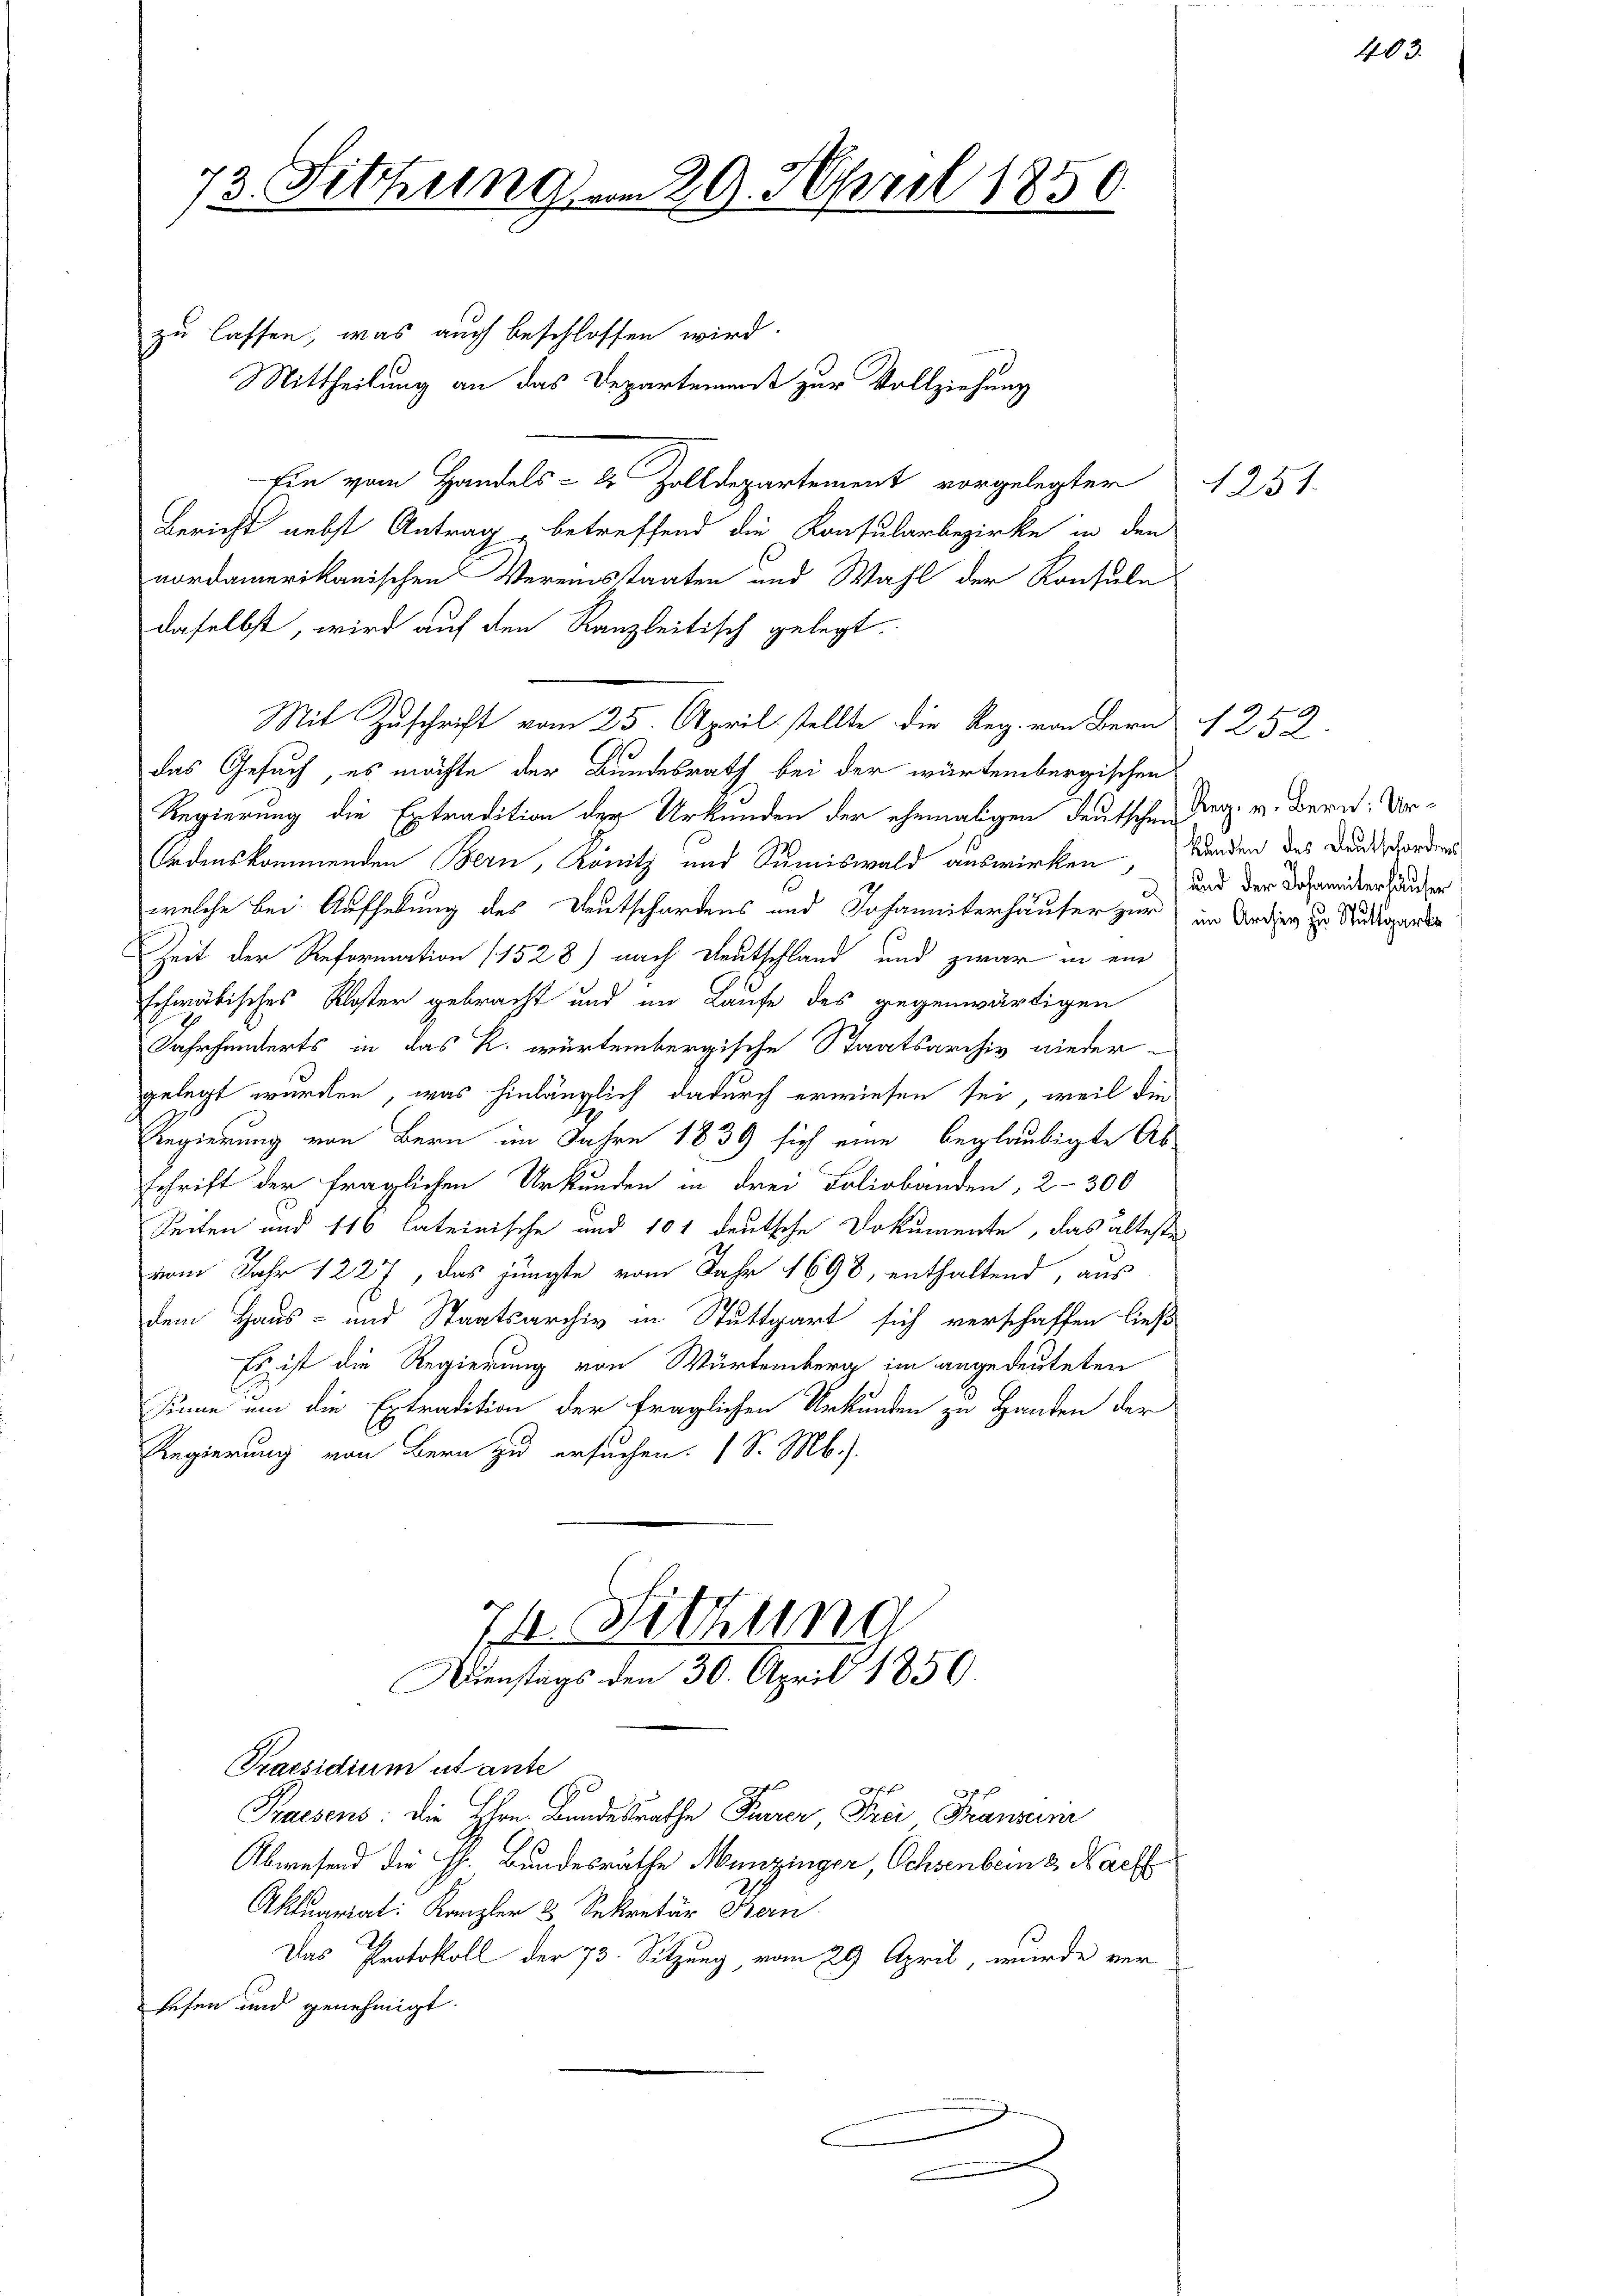
73. Sitzung vom 29. April 1850.

zu lassen, was auch beschlossen wird.
Mittheilung an das Departement zur Vollziehung
Ein vom Handels- & Zolldepartement vorgelegter
Bericht nebst Antrag betreffend die Konsularbezirke in den
nordamerikanischen Vereinstaaten und Wahl der Konsule
daselbst, wird auf den Kanzleitisch gelegt.
Mit Zuschrift vom 25. April stellte die Reg. von Bern 1252
das Gesuch, es möchte der Bundesrath bei der würtembergischen
Regierung die Extradition der Urkunden der ehemaligen deutschen Dr. v. Bern: Ur¬
Ordenskommenden Bern, Konitz und Summiswald auswirken, Bunden des Deutschorden
welche bei. Aufhebung des Deutschardens und Johanniterhäuser zur
Zeit der Reformation (1528) nach Deutschland und zwar in ein
schwäbisches Kloster gebracht und im Laufe des gegenwärtigen
Jahrhunderts in das k. würtembergische Staatsarchiv nieder-
gelegt wurden, was hinlänglich dadurch erwiesen sei, weil die
Regierung von Bern im Jahre 1839 sich eine beglaubigte Ab
schrift der fraglichen Urkunden in drei Foliobänden, 2-300
Seiten und 116 lateinische und 101 deutsche Dokumente, das älteste
vom Jahr 1227, das jüngte vom Jahr 1698, enthaltend, aus
dem Haus- und Staatsarchiv in Stuttgart sich verschaffen ließ
Es ist die Regierung von Würtemberg im angedeuteten
Sinne um die Extradition der fraglichen Urkunden zu Handen der
Regierung von Bern zu ersuchen. (S. Mb.).
7t Sitzung
Dienstags den 30. April 1856
Praesidium utante
Praesens: die Ehrn Bundesrathe Feurer, Frei Franzurii
Abwesend die H. Bundesrathe Menzinger, Ochsenbein 2 Nach
Aktuariat: Kanzler 3 Sekretär Bern
Das Protokoll der 73. Sitzung, vom 29. April, wurde ver
sesen und genehmigt.
e

1251.

403.

und der Johanniterhäuser
im Archiv zu Stuttgarte